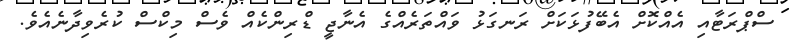
ސްޕްރަޓާއި އެއްކޮށް އެބޭފުޅަކަށް ރަނގަޅު ވައްތަރެއްގެ އެނާޖީ ޑްރިންކެއް ވެސް މިކްސް ކުރެވިދާނެއެވެ.